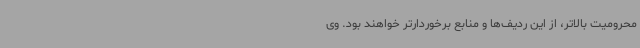
محرومیت بالاتر، از این ردیف‌ها و منابع برخوردارتر خواهند بود. وی